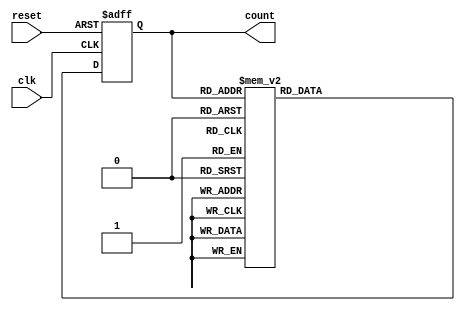
module johnson_gray_counter(
    input wire clk,
    input wire reset,
    output reg [3:0] count
);

reg [3:0] next_count;

always @(posedge clk or posedge reset) begin
    if (reset) begin
        count <= 4'b0000;
    end else begin
        count <= next_count;
    end
end

always @* begin
    case(count)
        4'b0000: next_count = 4'b0001;
        4'b0001: next_count = 4'b0011;
        4'b0011: next_count = 4'b0111;
        4'b0111: next_count = 4'b1111;
        4'b1111: next_count = 4'b1110;
        4'b1110: next_count = 4'b1100;
        4'b1100: next_count = 4'b1000;
        4'b1000: next_count = 4'b0000;
        default: next_count = 4'b0000;
    endcase
end

endmodule